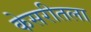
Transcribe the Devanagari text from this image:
केसरीतला